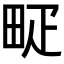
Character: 𤱐